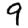
Digit: 9